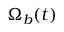
\Omega _ { b } ( t )